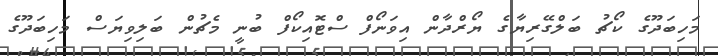
މަހިބަދޫގެ ކޯޗު ބަލްގޭރިޔާގެ ޔޯރްދާން އިވަނޯފް ސްޓޮއިކޯފް ބުނީ މެޗުން ބަލިވިޔަސް މަހިބަދޫގެ